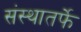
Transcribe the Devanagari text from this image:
संस्थातर्फे